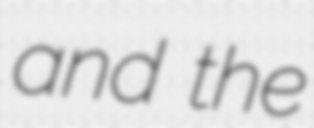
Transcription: and the